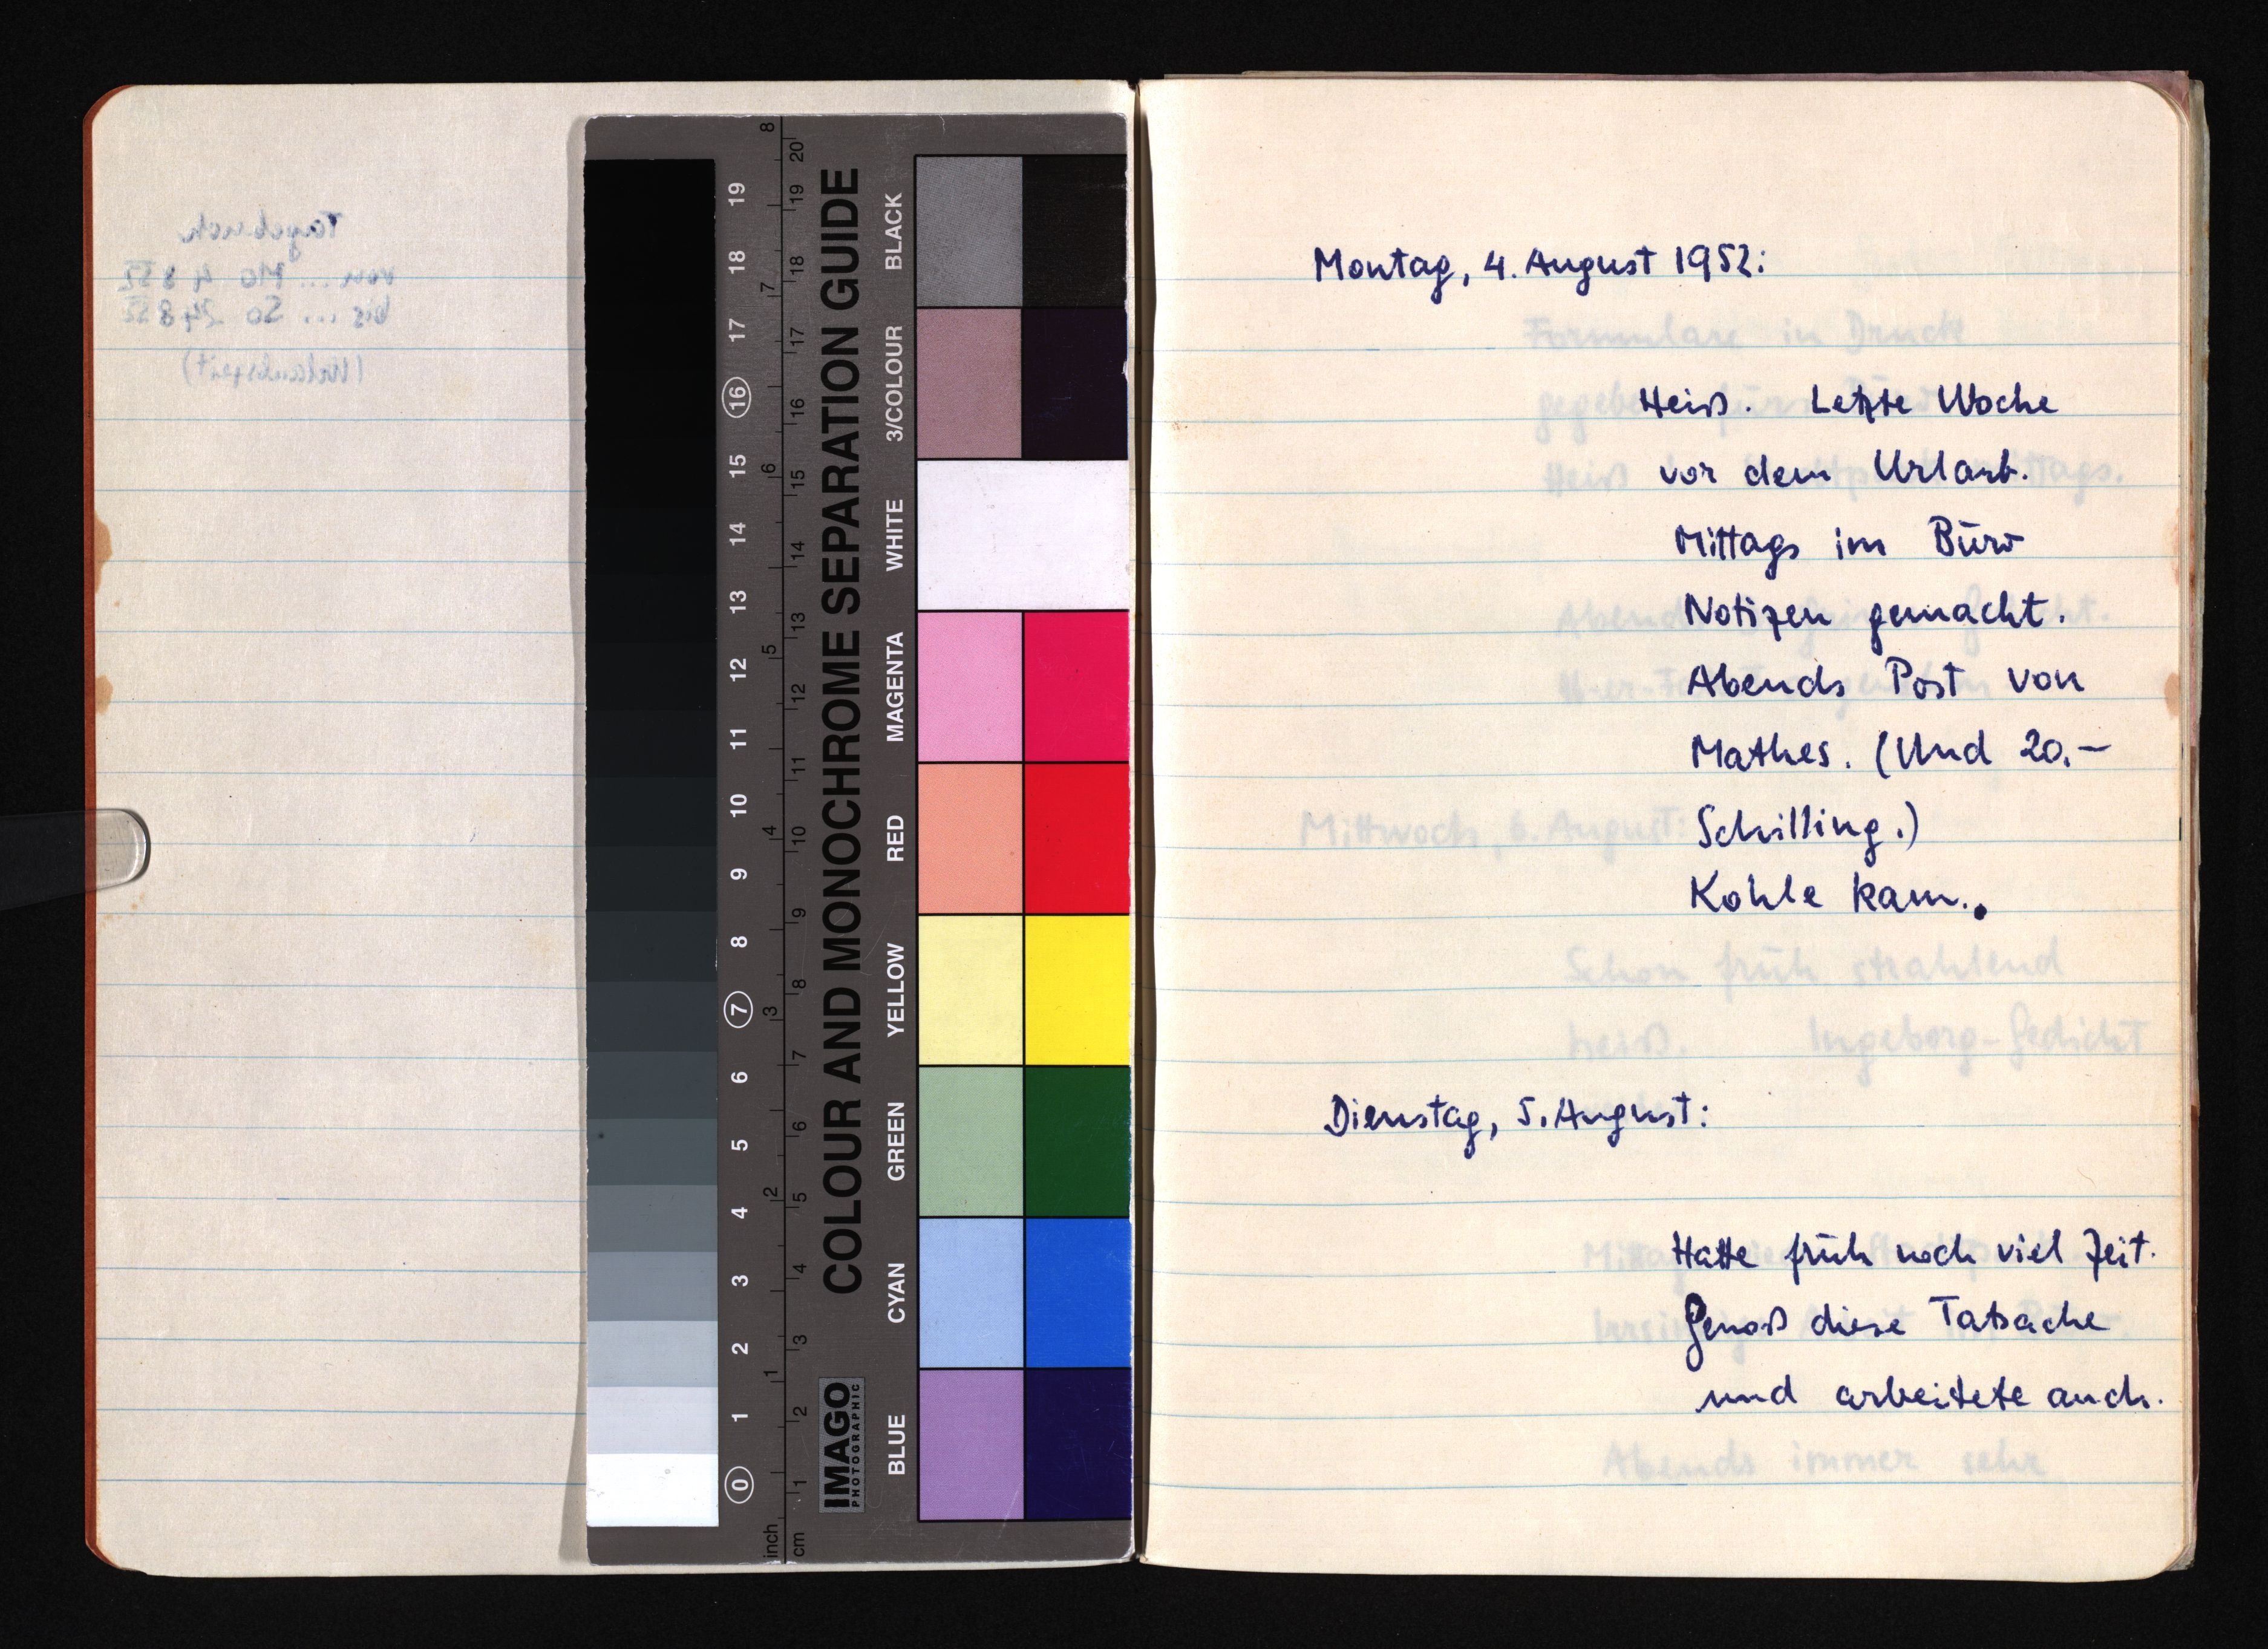
Montag, 4. August 1952:
Heiß. Letzte Woche
vor dem Urlaub.
Mittags im Büro
Notizen gemacht.
Abends Post von
Mathes. (Und 20.-
Schilling.)
Kohle kam.
Dienstag, 5. August:
Hatte früh noch viel Zeit.
Genoß diese Tatsache
und arbeitete auch.